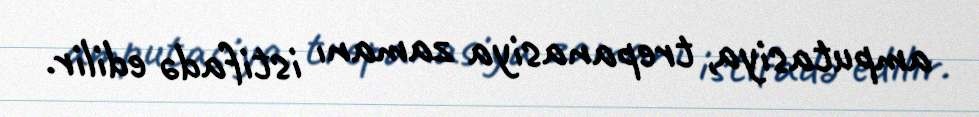
amputasiya, trepanasiya zamanı istifadə edilir.